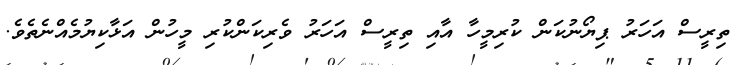
ތިރީސް އަހަރު ޕިޔޯނުކަން ކުރިމީހާ އާއި ތިރީސް އަހަރު ވެރިކަންކުރި މީހުން އަޅާކިޔުމެއްނެތެވެ.